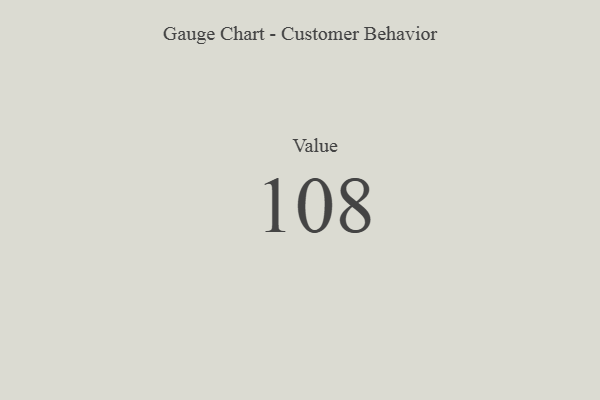
{"axis": {"x": "Metric", "y": "Value"}, "legend": [""], "data": [{"x": "Value", "y": 108, "type": ""}]}